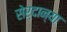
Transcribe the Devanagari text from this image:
सेर्दान्या